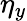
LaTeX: \eta_{y}